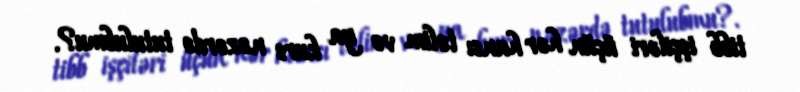
tibb işçiləri üçün hər hansı təlim və ya kurs nəzərdə tutulubmu?.